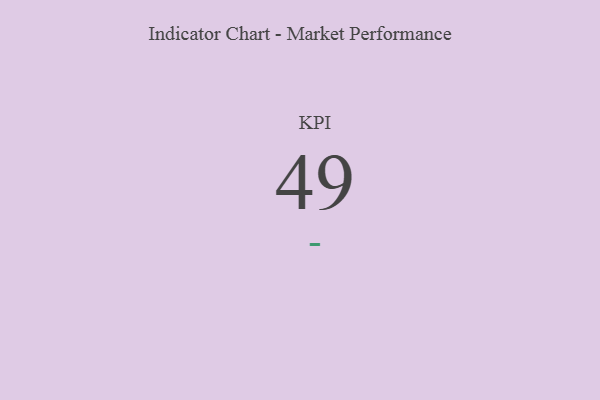
{"axis": {"x": "KPI", "y": "Value"}, "legend": [""], "data": [{"x": "KPI", "y": 49, "type": ""}]}